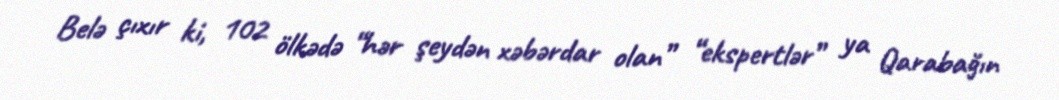
Belə çıxır ki, 102 ölkədə “hər şeydən xəbərdar olan” “ekspertlər” ya Qarabağın